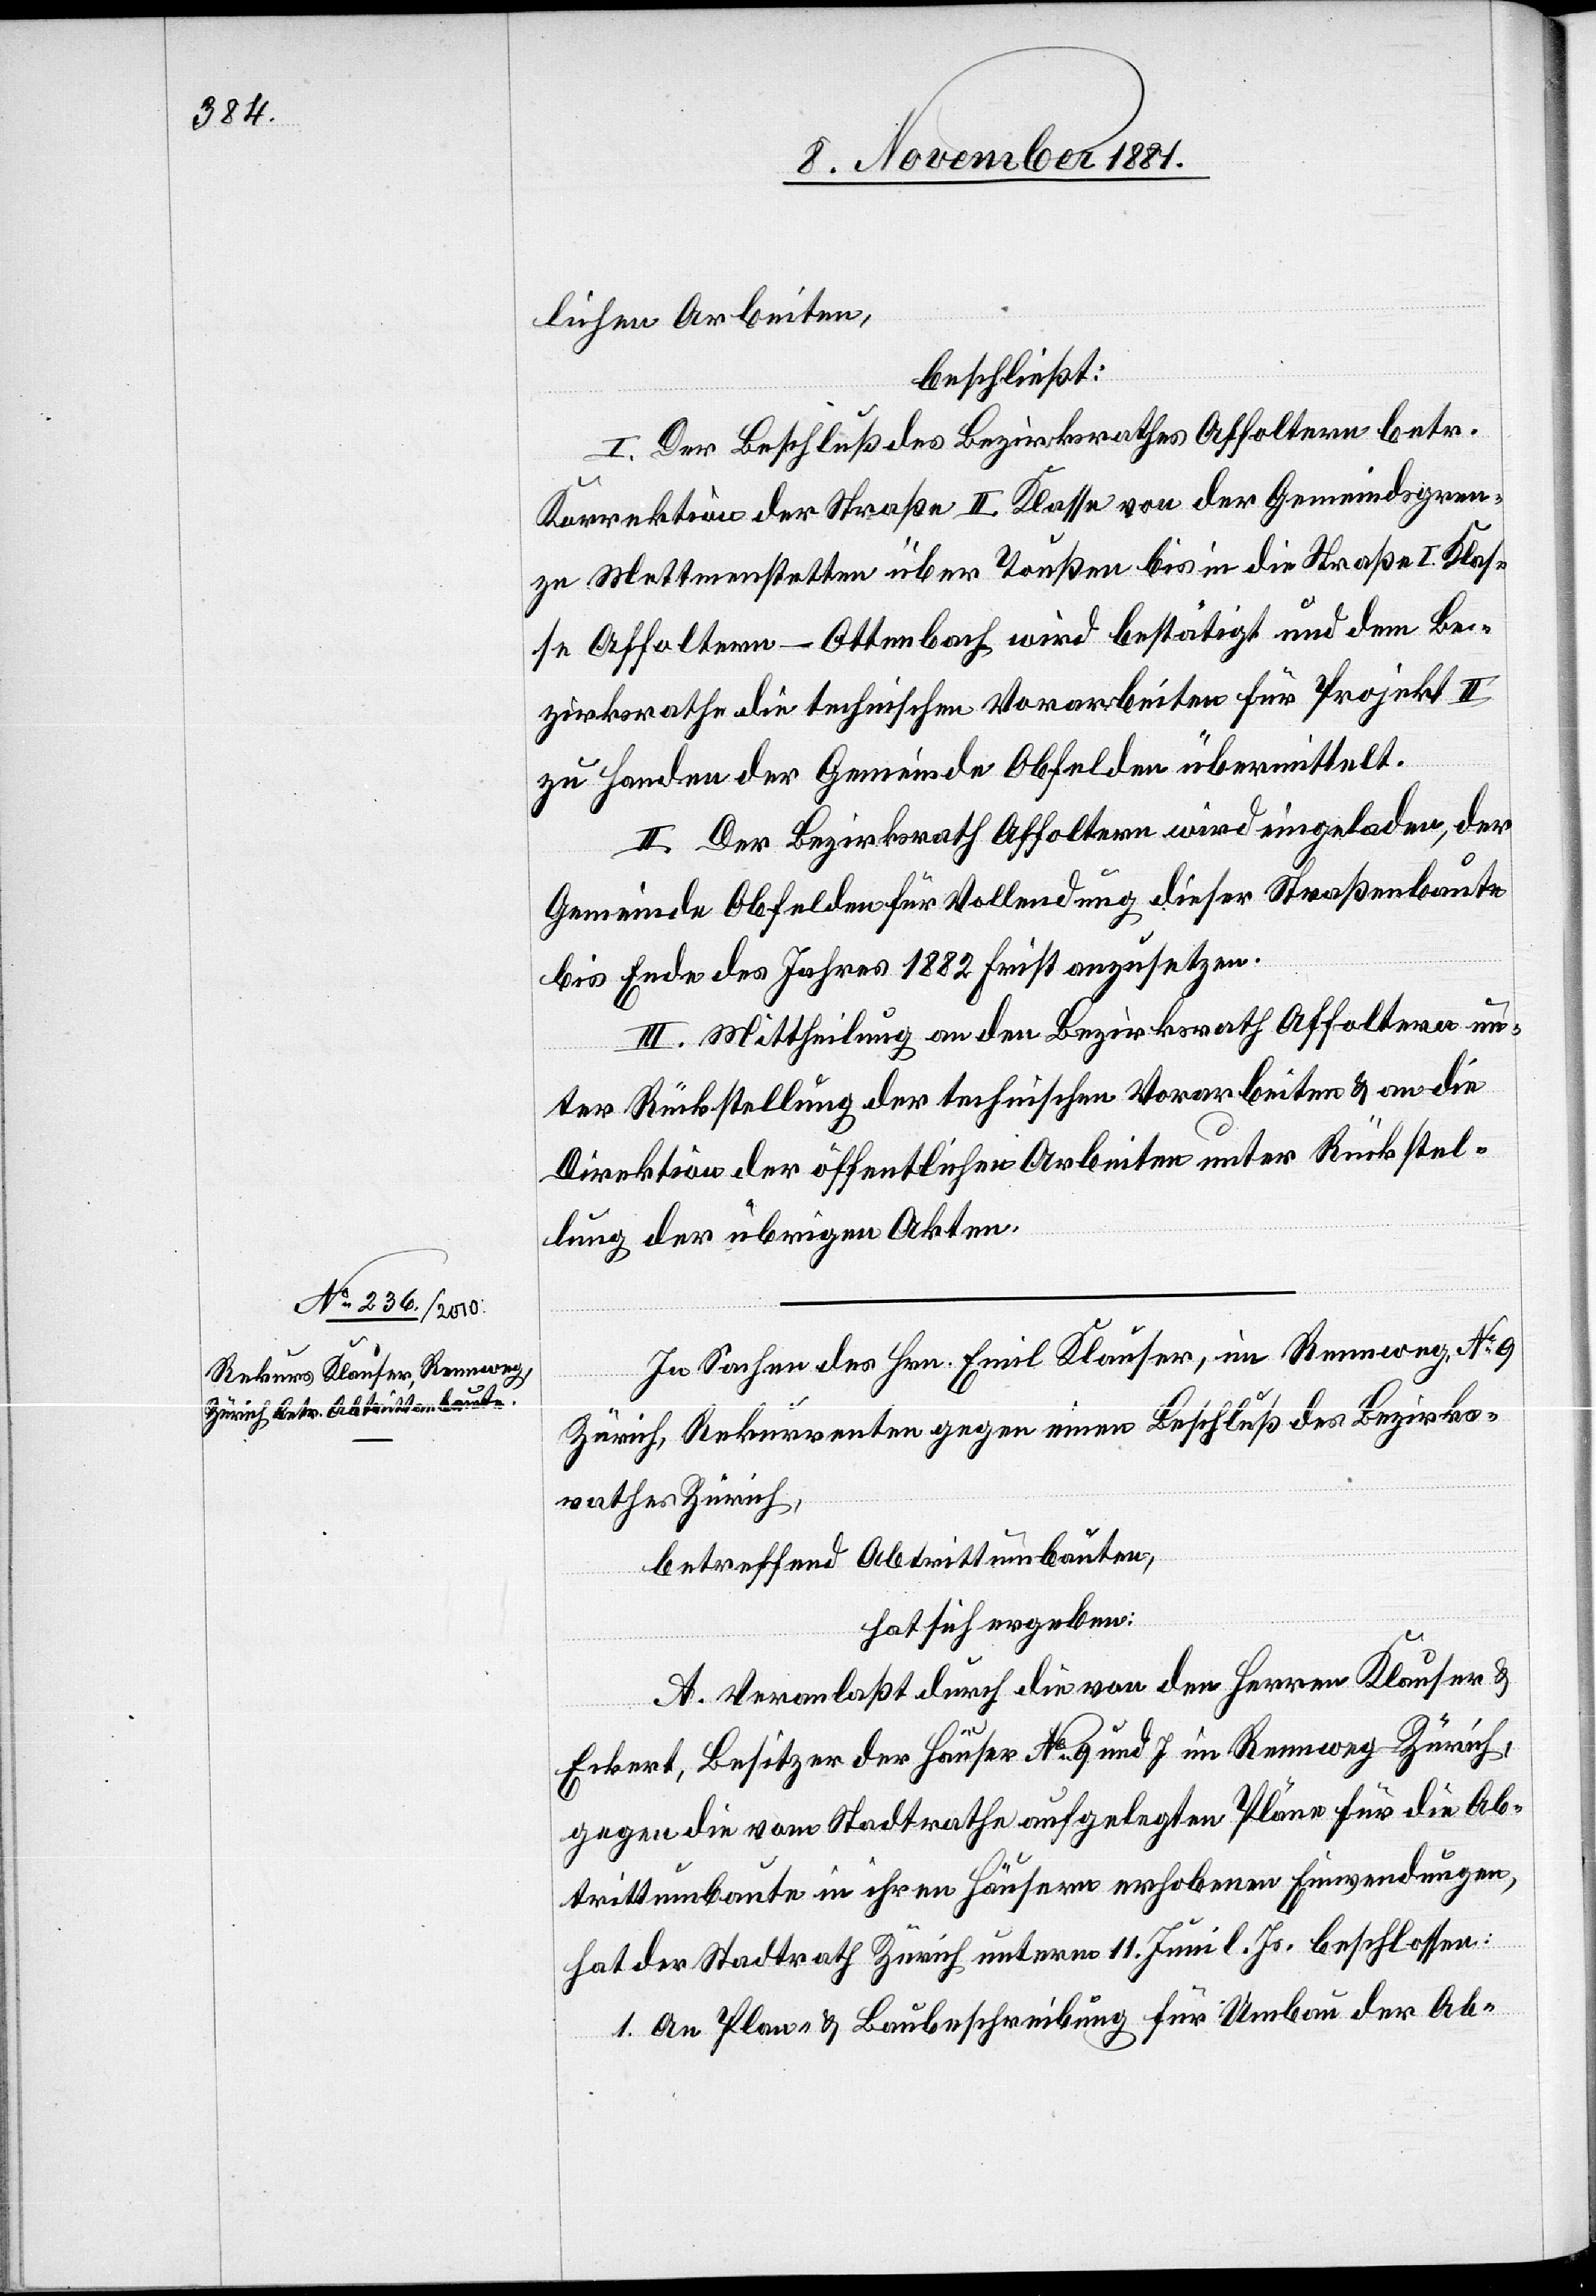
lichen Arbeiten,
beschließt:
I. Der Beschluß des Bezirksrathes Affoltern betr.
Korrektion der Straße II. Klasse von der Gemeindsgren¬
ze Mettmenstetten über Toußen bis in die Straße I. Klas¬
se Affoltern–Ottenbach wird bestätigt und dem Be¬
zirksrathe die technischen Vorarbeiten für Projekt II
zu Handen der Gemeinde Obfelden übermittelt.
II. Der Bezirksrath Affoltern wird eingeladen, der
Gemeinde Obfelden für Vollendung dieser Straßenbaute
bis Ende des Jahres 1882 Frist anzusetzen.
III. Mittheilung an den Bezirksrath Affoltern un¬
ter Rückstellung der technischen Vorarbeiten & an die
Direktion der öffentlichen Arbeiten unter Rückstel¬
lung der übrigen Akten.
In Sachen des Hrn. Emil Klauser, im Rennweg, No 9
Zürich, Rekurrenten gegen einen Beschluß des Bezirks¬
rathes Zürich,
betreffend Abtrittumbauten,
hat sich ergeben:
A. Veranlaßt durch die von den Herren Klauser &
Eckert, Besitzer der Häuser No 9 und 7 im Rennweg - Zürich,
gegen die vom Stadtrathe aufgelegten Pläne für die Ab¬
trittumbaute in ihren Häusern erhobenen Einwendungen,
hat der Stadtrath Zürich unterm 11. Juni l. Js. beschlossen:
1. An Plan- & Baubeschreibung für Umbau der Ab-